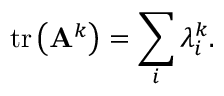
\operatorname { t r } \left( \mathbf { A } ^ { k } \right) = \sum _ { i } \lambda _ { i } ^ { k } .